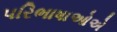
પરિભાષાઓએ